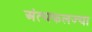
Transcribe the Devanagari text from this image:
अंत्यफलज्या